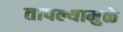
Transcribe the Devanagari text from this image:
तापल्यामुळे